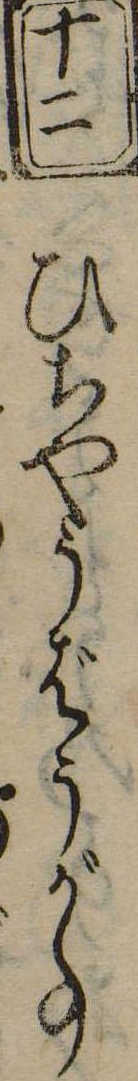
十二ひちやうばうが事